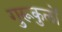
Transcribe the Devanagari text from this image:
गुरूकुलों